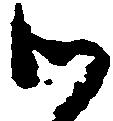
御